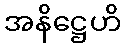
အနိဋ္ဌေဟိ